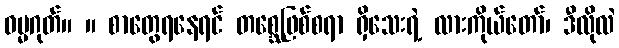
ဓမ္မဂုတ်။ ။ စာတွေရနေရင် တစ္ဆေဖြစ်စရာ ရှိသေးရဲ့ လားကိုယ်တော်၊ ဒီလိုလဲ